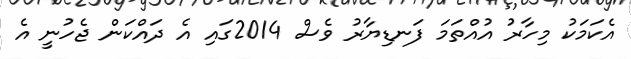
އެކަމަކު މިހާރު އުއްތަމަ ފަނޑިޔާރު ވެސް 2014ގައި އެ ދައްކަން ޖެހުނީ އެ